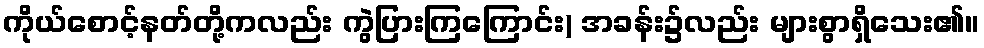
ကိုယ်စောင့်နတ်တို့ကလည်း ကွဲပြားကြကြောင်း) အခန်း၌လည်း များစွာရှိသေး၏။